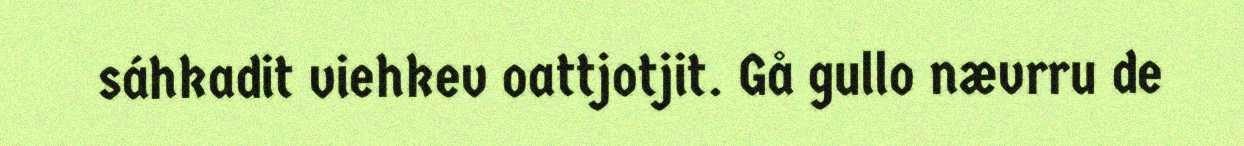
sáhkadit viehkev oattjotjit. Gå gullo nævrru de